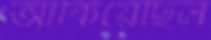
আঁকিয়েছিল